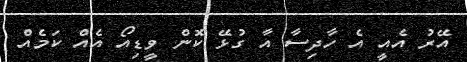
އޭރު އެއީ އެ ހާދިސާ އާ ގުޅޭ ކޮން ވީޑިއޯ އެއް ކަމެއް